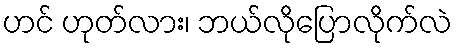
ဟင် ဟုတ်လား၊ ဘယ်လိုပြောလိုက်လဲ